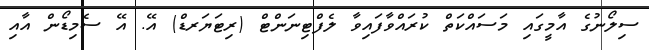
ސިލޯނުގެ އާމީގައި މަސައްކަތް ކުރައްވާފައިވާ ލެފްޓިނަންޓް (ރިޓަޔަރޑް) އޭ. އޭ ސެމިޑޯން އާއި